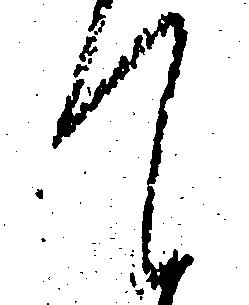
て